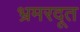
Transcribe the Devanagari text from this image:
भ्रमरदूत